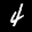
Label: 4